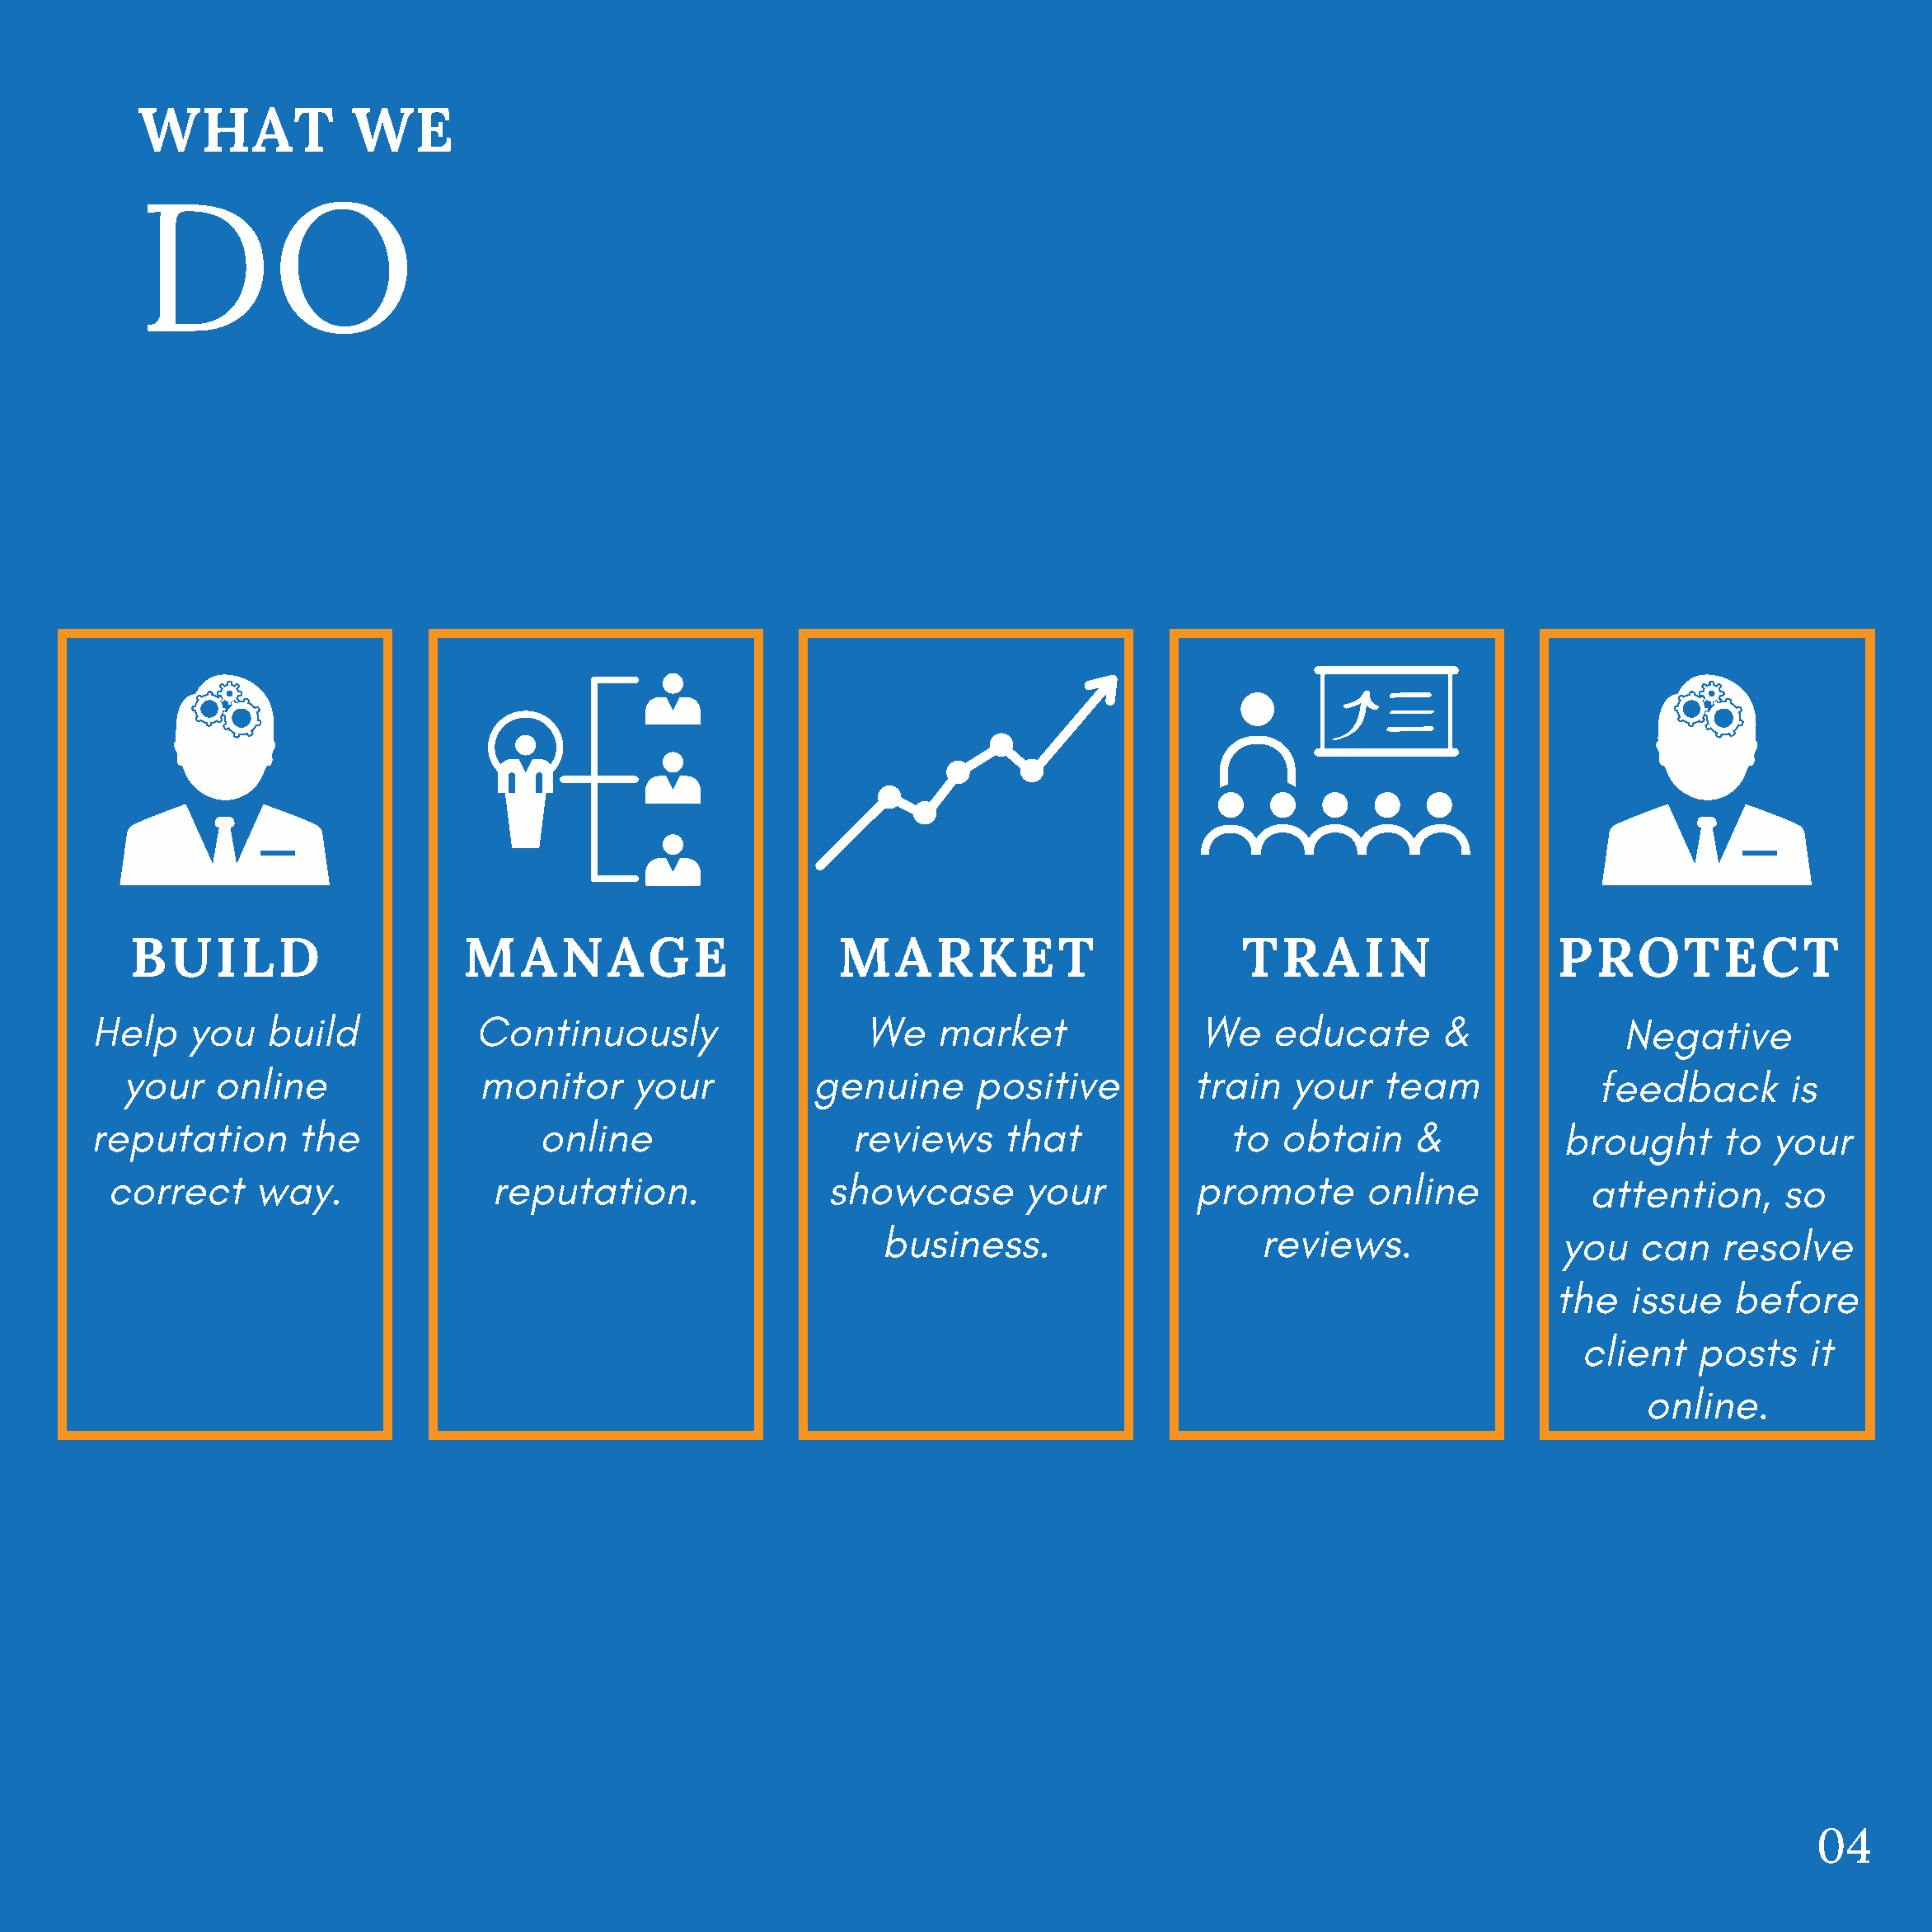
WHAT             WE
 DO
 BUILD                      MANAGE                        MARKET                           TRAIN                    PROTECT
 Help    you   build            Continuously                    We   market                We   educate       &             Negative
 your   online               monitor      your          genuine      positive          train   your   team             feedback        is
 reputation       the                online                   reviews      that              to  obtain     &           brought     to  your
 correct     way.               reputation.                showcase       your          promote       online            attention,     so
 business.                     reviews.                you    can   resolve
 the   issue   before
 client   posts    it
 online.
 04